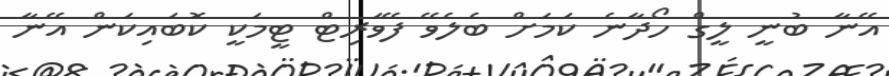
އޭނާ ބުނީ ލީގް ހޯދާނެ ކަމަށް ބެލެވޭ ފޭވަރިޓް ޓީމަކީ ކޮބައިކަން އޭނާ